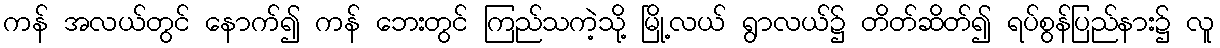
ကန် အလယ်တွင် နောက်၍ ကန် ဘေးတွင် ကြည်သကဲ့သို့ မြို့လယ် ရွာလယ်၌ တိတ်ဆိတ်၍ ရပ်စွန်ပြည်နား၌ လူ